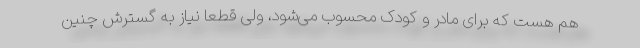
هم هست که برای مادر و کودک محسوب می‌شود، ولی قطعا نیاز به گسترش چنین